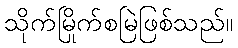
သိုက်မြိုက်စမြဲဖြစ်သည်။